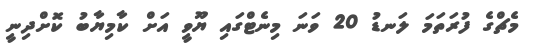
މެޗްގެ ފުރަތަމަ ލަނޑު 20 ވަނަ މިނެޓްގައި ޔޫވީ އަށް ކާމިޔާބު ކޮށްދިނީ